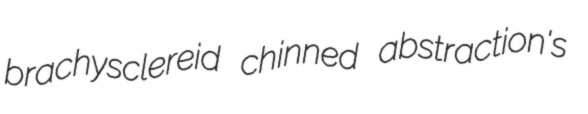
brachysclereid chinned abstraction's